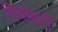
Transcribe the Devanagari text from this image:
गियोबर्टी